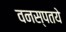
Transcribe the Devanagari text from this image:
वनस्पतये